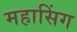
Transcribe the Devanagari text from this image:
महासिंग